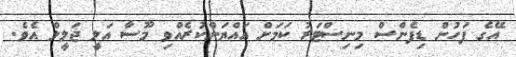
އޭގެ ފަހުން ޑިފެންސް މިނިސްޓަރު ކަމަށް އައްޔަންކުރެއްވި މޫސާ އަލީ ޖަލީލް އެވެ.